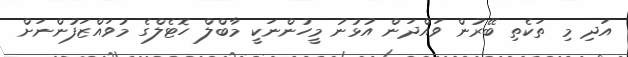
އަދި މި ތަކެތި ބޭރުން ވައްދަން އުޅުނު މީހުންނަކީ މާބްލް ހޮޓެލްގެ މުވައްޒަފުންނަށް